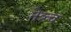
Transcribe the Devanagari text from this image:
नेत्र्त्व